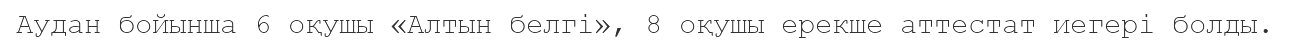
Аудан бойынша 6 оқушы «Алтын белгі», 8 оқушы ерекше аттестат иегері болды.